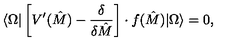
\langle \Omega | \left[ V ^ { \prime } ( \hat { M } ) - { \frac { \delta } { \delta \hat { M } } } \right] \cdot f ( \hat { M } ) | \Omega \rangle = 0 ,